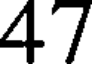
47